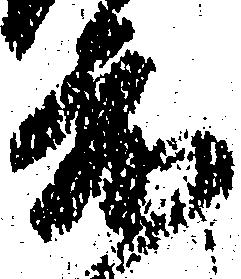
度